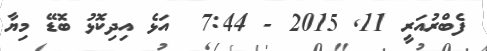
ފެބްރުއަރީ 11